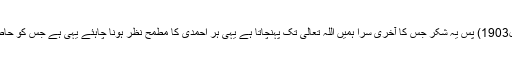
(ملفوظات جلد3صفحہ189 البدر 3 اپریل1903) پس یہ شکر جس کا آخری سرا ہمیں اللہ تعالیٰ تک پہنچاتا ہے یہی ہر احمدی کا مطمح نظر ہونا چاہئے یہی ہے جس کو حاصل کرنا ہر احمدی کا مقصد ہونا چاہئے۔